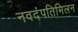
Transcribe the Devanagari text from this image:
नवदंपतिमिलन